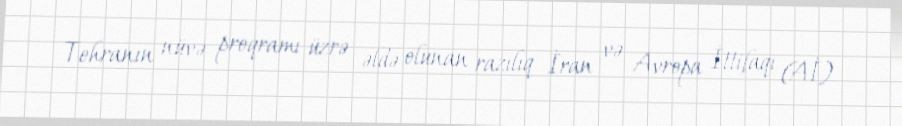
Tehranın nüvə proqramı üzrə əldə olunan razılıq İran və Avropa İttifaqı (Aİ)